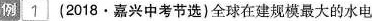
例1(2018·嘉兴中考节选)全球在建规模最大的水电